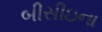
બીસીઇના